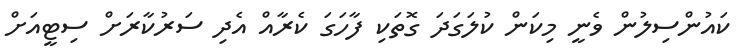
ކައުންސިލުން ވެނީ މިކަން ކުލަގަދަ ގޮތަކި ފާހަގަ ކެރާއް އެދި ސަރުކާރަށް ސިޓީއަށް